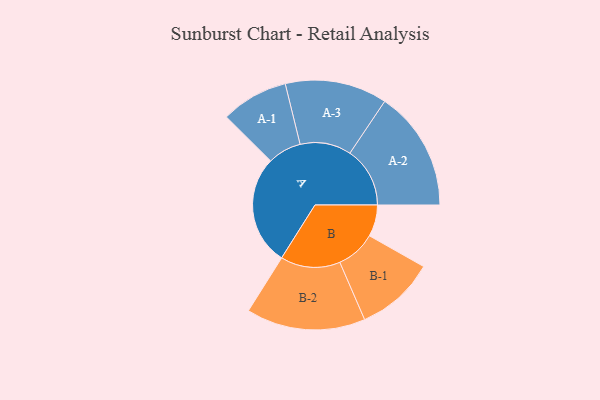
{"axis": {"x": "Segment", "y": "Value"}, "legend": ["", "A", "B"], "data": [{"x": "A", "y": 490, "type": ""}, {"x": "B", "y": 141, "type": ""}, {"x": "A-1", "y": 150, "type": "A"}, {"x": "A-2", "y": 268, "type": "A"}, {"x": "A-3", "y": 228, "type": "A"}, {"x": "B-1", "y": 177, "type": "B"}, {"x": "B-2", "y": 266, "type": "B"}]}